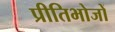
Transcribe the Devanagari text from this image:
प्रीतिभोजों